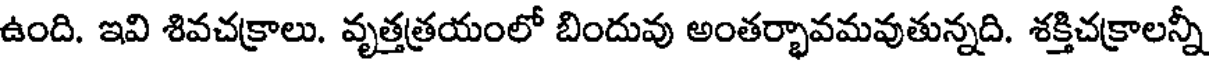
ఉంది. ఇవి శివచక్రాలు. వృత్తత్రయంలో బిందువు అంతర్భావమవుతున్నది. శక్తిచక్రాలన్నీ